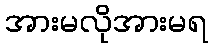
အားမလိုအားမရ